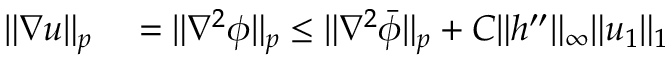
\begin{array} { r l } { \| \nabla u \| _ { p } } & { { } = \| \nabla ^ { 2 } \phi \| _ { p } \leq \| \nabla ^ { 2 } \bar { \phi } \| _ { p } + C \| h ^ { \prime \prime } \| _ { \infty } \| u _ { 1 } \| _ { 1 } } \end{array}